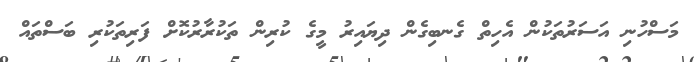
މަސްހުނި އަސަރުތަކުން އެހިތް ގެނބިގެން ދިޔައިރު މީގެ ކުރިން ތަކުރާރުކޮށް ފަރިތަކުރި ބަސްތައް